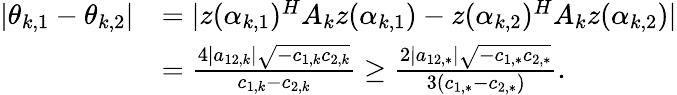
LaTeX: \begin{array}{rl}{|\theta_{k,1}-\theta_{k,2}|}&{=|z(\alpha_{k,1})^{H}A_{k}z(\alpha_{k,1})-z(\alpha_{k,2})^{H}A_{k}z(\alpha_{k,2})|}\\ &{=\frac{4|a_{12,k}|\sqrt{-c_{1,k}c_{2,k}}}{c_{1,k}-c_{2,k}}\geq\frac{2|a_{12,*}|\sqrt{-c_{1,*}c_{2,*}}}{3(c_{1,*}-c_{2,*})}.}\end{array}